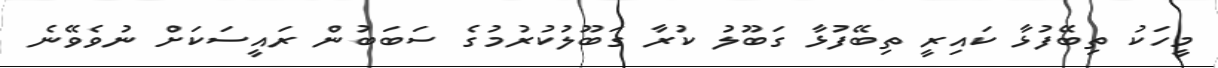
މީހަކު ތިބޭފުޅާ ކައިރީ ތިބޭފުޅާ ގަބޫލު ކުރާ ގަބޫލުކުރުމުގެ ސަބަބުން ރައީސަކަށް ނުވެވޭނެ